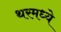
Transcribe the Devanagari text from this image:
थरमध्ये